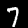
Label: 7